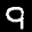
Label: 9